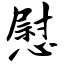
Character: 慰